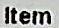
ITEM